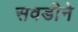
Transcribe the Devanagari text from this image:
सवडीने